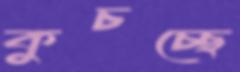
কুচচ্ছে